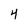
Character: 4